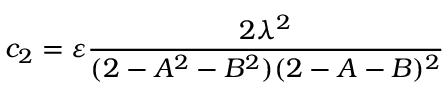
c _ { 2 } = \varepsilon \frac { 2 \lambda ^ { 2 } } { ( 2 - A ^ { 2 } - B ^ { 2 } ) ( 2 - A - B ) ^ { 2 } }